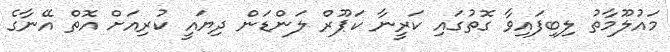
މައުލޫމާތު ލިބިފައިވާ ގޮތުގައި ކަރީނާ ކަޕޫރް ލަންޑަން ދިޔައީ ކުރިއަށް އޮތް އޭނާގެ